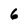
Character: 6